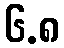
၆.၈